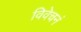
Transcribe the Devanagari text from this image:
विवेचनं